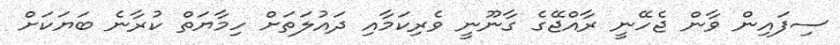
ސިފައިން ވާން ޖެހޭނީ ރާއްޖޭގެ ގާނޫނީ ވެރިކަމާއި ދައުލަތަށް ހިމާޔަތް ކުރާނެ ބަޔަކަށް